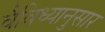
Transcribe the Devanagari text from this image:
वैविध्यानुसार